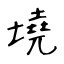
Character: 墝